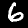
Label: 6